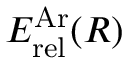
E _ { \mathrm { r e l } } ^ { \mathrm { A r } } ( R )